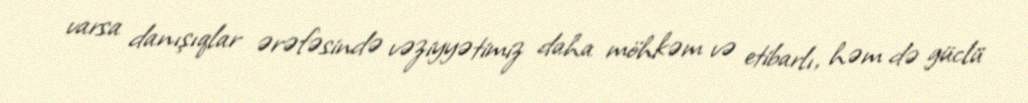
varsa danışıqlar ərəfəsində vəziyyətimiz daha möhkəm və etibarlı, həm də güclü